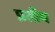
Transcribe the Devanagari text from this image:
प्रतीय